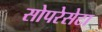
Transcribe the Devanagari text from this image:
सोपरेसेटा